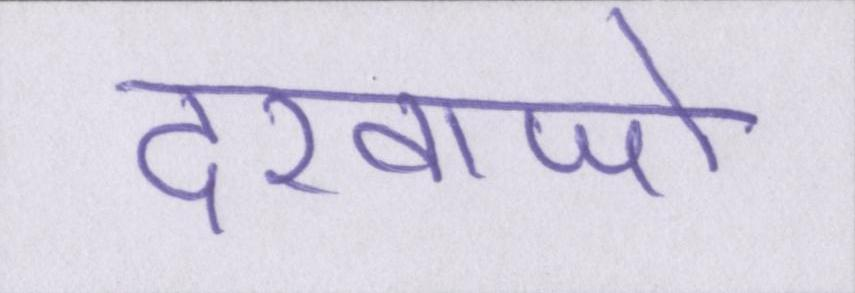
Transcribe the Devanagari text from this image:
दरवाजो